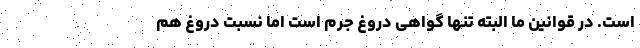
است. در قوانین ما البته تنها گواهی دروغ جرم است اما نسبت دروغ هم